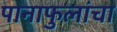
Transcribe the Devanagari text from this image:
पानाफुलांचा